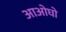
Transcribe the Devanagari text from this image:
आओघो